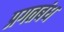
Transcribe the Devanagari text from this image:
प्रगतबंध